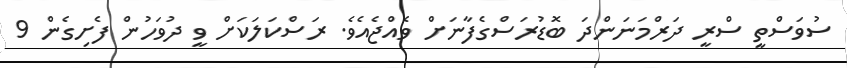
ސުވަސްތީ ސްރީ ދަރްމަނަންދަ ބޮޑުރަސްގެފާނަށް ވެއްޖެއެވެ. ރަސްކަލަކަށް ވީ ދުވަހުން ފެށިގެން 9